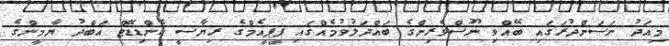
މިއަދު ނަސަންދުރަގައި ބޭއްވި ނޫސްވެރިންގެ ބައްދަލުވުމެއްގައި ޕީޕީއެމްގެ ރިޔާސީ ކެންޑިޑޭޓް އަބްދު ޔާމީންގެ